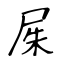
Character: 𡱖